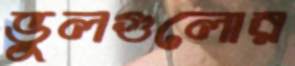
ভুলগুলোর